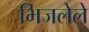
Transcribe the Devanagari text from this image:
भिजलेले